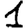
Digit: 1